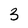
Character: 3